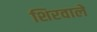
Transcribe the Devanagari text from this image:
शिरवाले